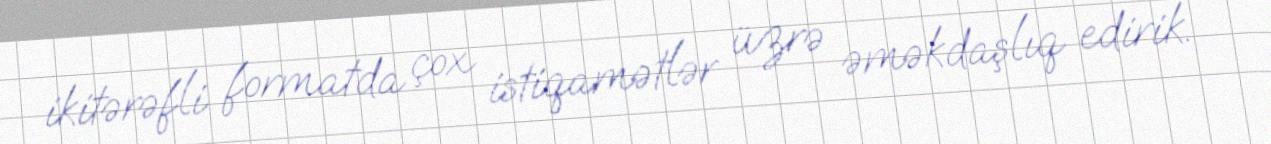
ikitərəfli formatda çox istiqamətlər üzrə əməkdaşlıq edirik.